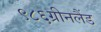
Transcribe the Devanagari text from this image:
९८६ग्रीनलैंड